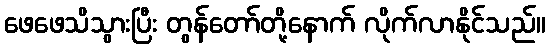
ဖေဖေသိသွားပြီး တွန်တော်တို့နောက် လိုက်လာနိုင်သည်။